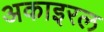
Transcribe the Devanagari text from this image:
अकाइरल